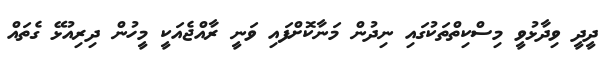
ދީދީ ވިދާޅުވީ މިސްކިތްތަކުގައި ނިދުން މަނާކޮށްފައި ވަނީ ރާއްޖެއަކީ މީހުން ދިރިއުޅޭ ގެތައް